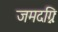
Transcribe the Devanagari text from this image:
जमदग्निः